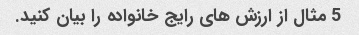
5 مثال از ارزش های رایج خانواده را بیان کنید.